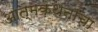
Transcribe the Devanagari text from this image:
आत्मकथनाचा